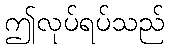
ဤလုပ်ရပ်သည်